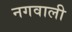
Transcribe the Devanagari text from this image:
नगवाली